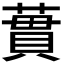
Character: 𫉜